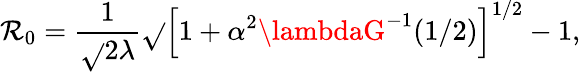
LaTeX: \mathcal{R}_{0}=\frac{{1}}{{\sqrt{}{{2\lambda}}}}\sqrt{}{{\left[1+\alpha^{2}\lambdaG^{-1}(1/2)\right]^{1/2}-1}},